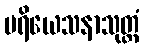
ပရိယေသနာသုတ္တံ